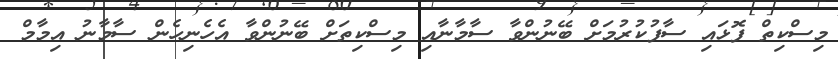
މިސްކިތް ފޮޅައި ސާފުކުރުމަށް ބޭނުންވާ ސާމާނާއި މިސްކިތަށް ބޭނުންވާ އެހެނިހެން ސާމާނު އިމާމް